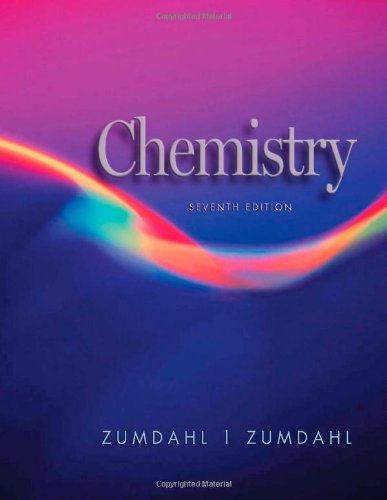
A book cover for Chemistry; Steven S. Zumdahl; Literature & Fiction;